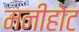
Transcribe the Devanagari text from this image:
मनीहोट